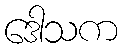
ဒေါသက